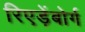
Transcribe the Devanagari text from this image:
रिएड़ेंबोर्ग